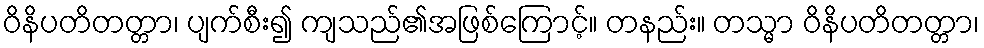
ဝိနိပတိတတ္တာ၊ ပျက်စီး၍ ကျသည်၏အဖြစ်ကြောင့်။ တနည်း။ တသ္မာ ဝိနိပတိတတ္တာ၊